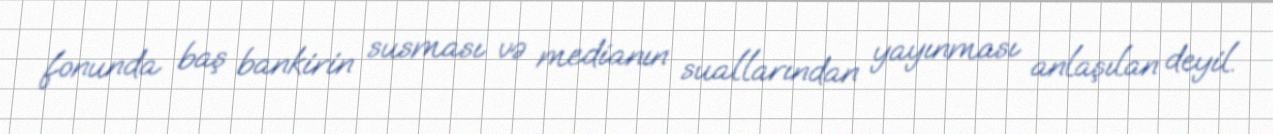
fonunda baş bankirin susması və medianın suallarından yayınması anlaşılan deyil.